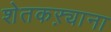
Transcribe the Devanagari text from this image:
शेतकऱ्याना